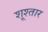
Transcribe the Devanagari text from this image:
शूश्तार